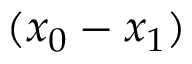
( x _ { 0 } - x _ { 1 } )